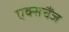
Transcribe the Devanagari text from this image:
एक्सचैंज